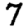
Digit: 7